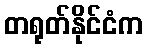
တရုတ်နိုင်ငံက